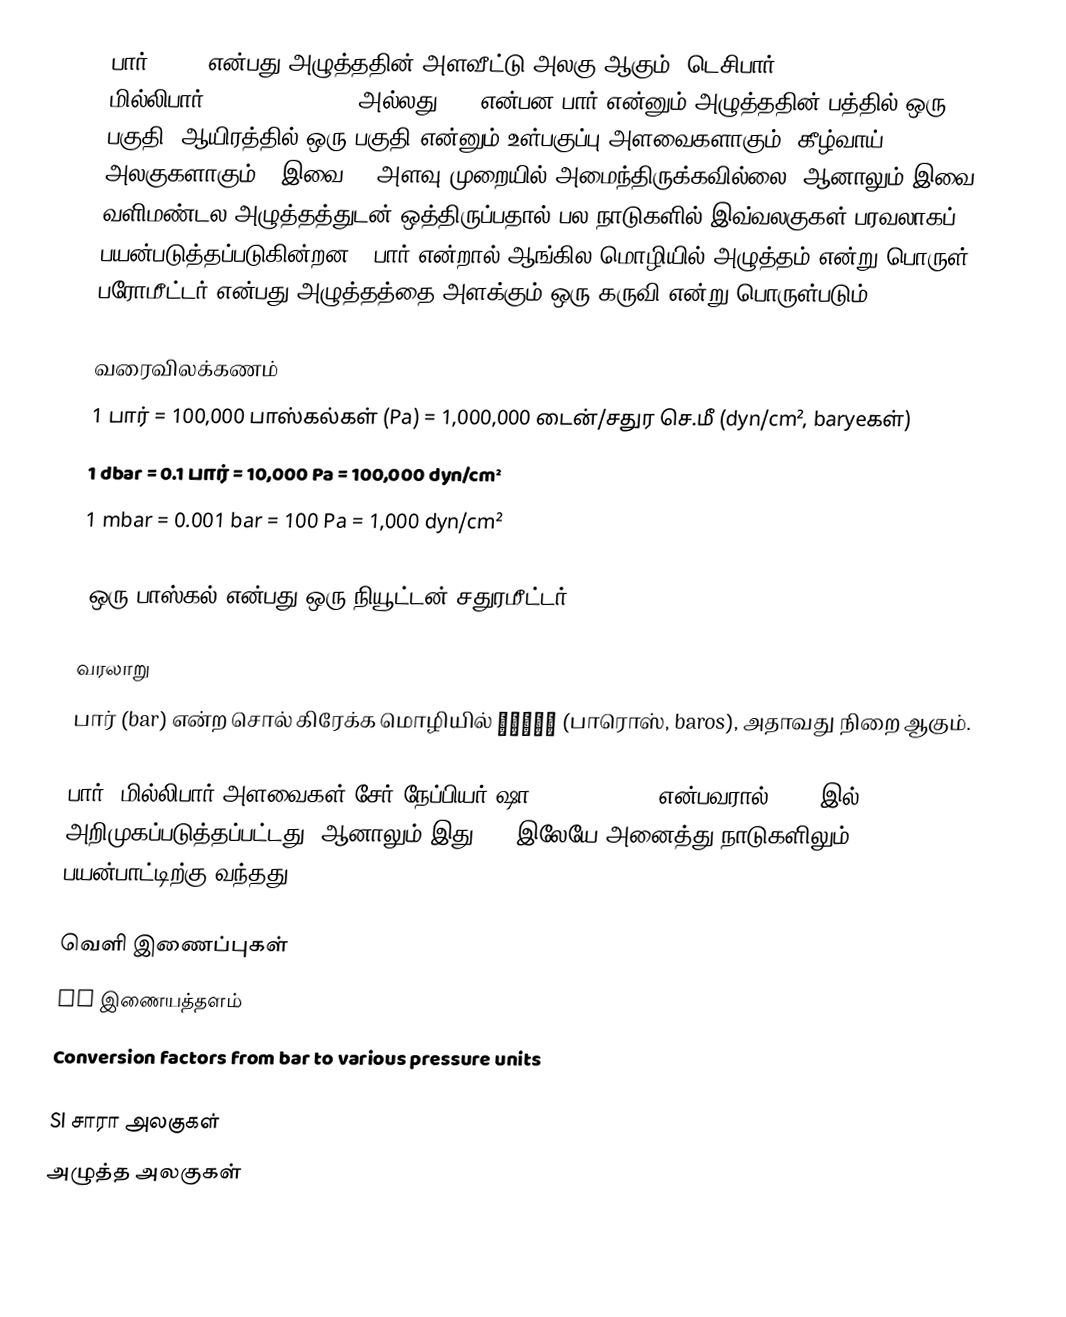
பார் (bar) என்பது அழுத்ததின் அளவீட்டு அலகு ஆகும். டெசிபார் (decibar, dbar), மில்லிபார் (millibar, mbar, அல்லது mb) என்பன பார் என்னும் அழுத்ததின் பத்தில் ஒரு பகுதி, ஆயிரத்தில் ஒரு பகுதி என்னும் உள்பகுப்பு அளவைகளாகும் (கீழ்வாய் அலகுகளாகும்). இவை SI அளவு முறையில் அமைந்திருக்கவில்லை. ஆனாலும் இவை வளிமண்டல அழுத்தத்துடன் ஒத்திருப்பதால் பல நாடுகளில் இவ்வலகுகள் பரவலாகப் பயன்படுத்தப்படுகின்றன. (பார் என்றால் ஆங்கில மொழியில் அழுத்தம் என்று பொருள். பரோமீட்டர் என்பது அழுத்தத்தை அளக்கும் ஒரு கருவி என்று பொருள்படும்)

வரைவிலக்கணம்
 1 பார் = 100,000 பாஸ்கல்கள் (Pa) = 1,000,000 டைன்/சதுர செ.மீ (dyn/cm², baryeகள்)
 1 dbar = 0.1 பார் = 10,000 Pa = 100,000 dyn/cm²
 1 mbar = 0.001 bar = 100 Pa = 1,000 dyn/cm²

(ஒரு பாஸ்கல் என்பது ஒரு நியூட்டன்/சதுரமீட்டர்)

வரலாறு
பார் (bar) என்ற சொல் கிரேக்க மொழியில் βάρος (பாரொஸ், baros), அதாவது நிறை ஆகும்.

பார், மில்லிபார் அளவைகள் சேர் நேப்பியர் ஷா (Napier Shaw) என்பவரால் 1909 இல் அறிமுகப்படுத்தப்பட்டது. ஆனாலும் இது 1929இலேயே அனைத்து நாடுகளிலும் பயன்பாட்டிற்கு வந்தது.

வெளி இணைப்புகள்
 SI இணையத்தளம்
 Conversion factors from bar to various pressure units

SI சாரா அலகுகள்
அழுத்த அலகுகள்